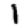
Digit: 1